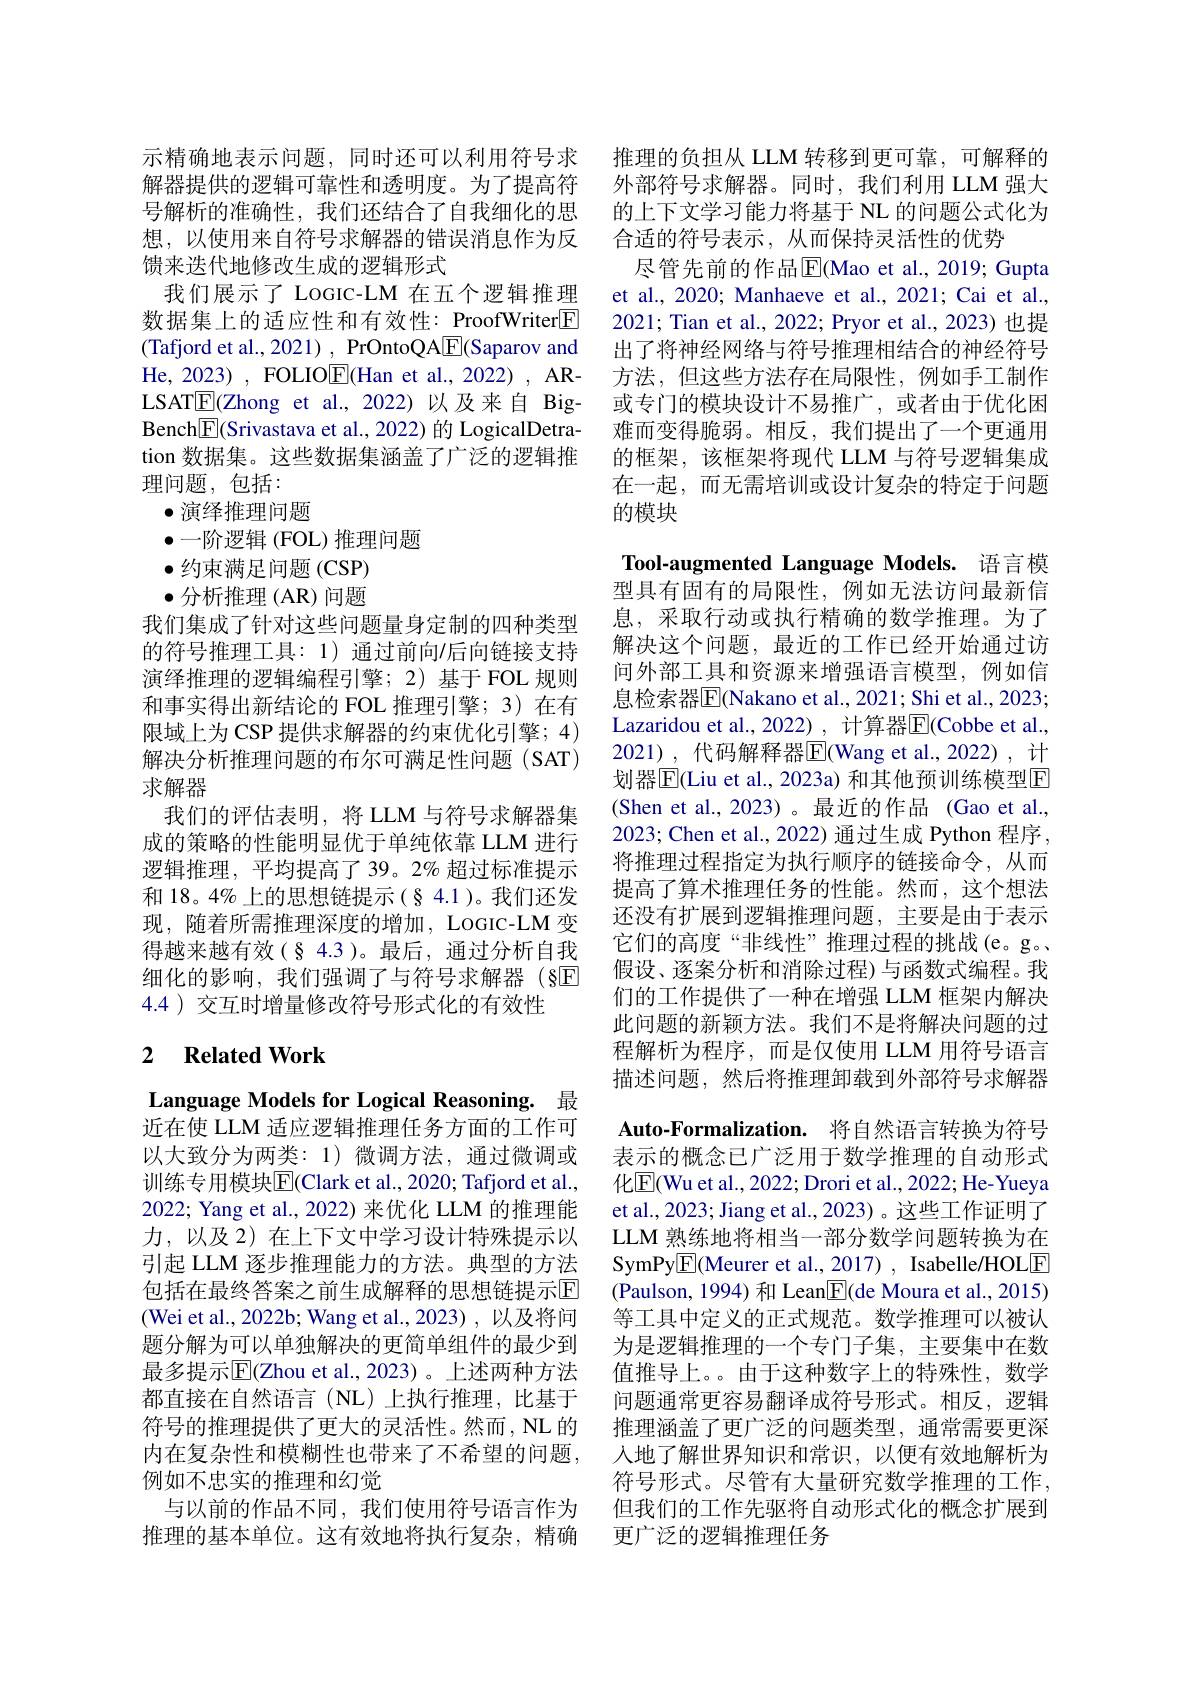
想，以使用来自符号求解器的错误消息作为反
馈来迭代地修改生成的逻辑形式
我们展示了 LOGIC-LM 在五个逻辑推理数据集上的适应性和有效性：ProofWriter$\boxed{\mathrm{E}}$ (Tafjord et al., 2021) , PrOntoQA[E](Saparov and He, 2023) , FOLIOE(Han et al., 2022) , ARLSAT$\overline{\mathbb{E}}($Zhong et al., 2022)以及来自 BigBench$\boxed{\mathbb{F}}($Srivastava et al., 2022) 的 LogicalDetration 数据集。这些数据集涵盖了广泛的逻辑推理问题，包括：
$\bullet$演绎推理问题
$\bullet$一阶逻辑 (FOL)推理问题
$\bullet$约束满足问题(CSP) $\bullet$分析推理 (AR)问题
我们集成了针对这些问题量身定制的四种类型的符号推理工具：1)通过前向/后向链接支持演绎推理的逻辑编程引擎；2)基于 FOL 规则和事实得出新结论的 FOL 推理引擎；3) 在有限域上为 CSP 提供求解器的约束优化引擎；4) 解决分析推理问题的布尔可满足性问题(SAT) 求解器
我们的评估表明，将 LLM 与符号求解器集成的策略的性能明显优于单纯依靠 LLM 进行逻辑推理，平均提高了39。2% 超过标准提示和 18。4% 上的思想链提示(§ 4.1)。我们还发现，随着所需推理深度的增加，LoGIC-LM变得越来越有效(§ 4.3)。最后，通过分析自我细化的影响，我们强调了与符号求解器(§E 4.4 )交互时增量修改符号形式化的有效性

## 2 $\textbf{Related Work}$

Language Models for Logical Reasoning. 最近在使 LLM 适应逻辑推理任务方面的工作可以大致分为两类：1)微调方法，通过微调或训练专用模块$\overline{\mathrm{E}}($Clark et al.,2020; Tafjord et al., 2022; Yang et al., 2022) 来优化 LLM 的推理能力，以及 2) 在上下文中学习设计特殊提示以引起 LLM 逐步推理能力的方法。典型的方法包括在最终答案之前生成解释的思想链提示回(Wei et al., 2022b; Wang et al., 2023) , 以及将问题分解为可以单独解决的更简单组件的最少到最多提示|E(Zhou et al., 2023)。上述两种方法都直接在自然语言(NL)上执行推理，比基于符号的推理提供了更大的灵活性。然而，NL 的内在复杂性和模糊性也带来了不希望的问题， 例如不忠实的推理和幻觉
与以前的作品不同，我们使用符号语言作为推理的基本单位。这有效地将执行复杂，精确

示精确地表示问题，同时还可以利用符号求 推理的负担从 LLM 转移到更可靠，可解释的解器提供的逻辑可靠性和透明度。为了提高符 外部符号求解器。同时，我们利用 LLM 强大号解析的准确性，我们还结合了自我细化的思 的上下文学习能力将基于 NL 的问题公式化为
合适的符号表示，从而保持灵活性的优势
尽管先前的作品$\overline{\mathrm{E}}$(Mao et al.,2019; Gupta et al., 2020; Manhaeve et al., 2021; Cai et al., 2021; Tian et al., 2022; Pryor et al., 2023) 也提出了将神经网络与符号推理相结合的神经符号方法，但这些方法存在局限性，例如手工制作或专门的模块设计不易推广，或者由于优化困难而变得脆弱。相反，我们提出了一个更通用的框架，该框架将现代 LLM 与符号逻辑集成在一起，而无需培训或设计复杂的特定于问题的模块

Tool-augmented Language Models. 语言模型具有固有的局限性，例如无法访问最新信息，采取行动或执行精确的数学推理。为了解决这个问题，最近的工作已经开始通过访问外部工具和资源来增强语言模型，例如信息检索器$\overline{\mathrm{E}}$(Nakano et al., 2021; Shi et al., 2023; Lazaridou et al., 2022) , 计算器$\overline{\mathrm{E}}($Cobbe et al., 2021),代码解释器$\overline{\mathrm{E}}($Wang et al.,2022),计划器$\overline{\mathrm{E}}($Liu et al., 2023a) 和其他预训练模型E (Shen et al., 2023)。最近的作品 (Gao et al., 2023; Chen et al., 2022) 通过生成 Python 程序， 将推理过程指定为执行顺序的链接命令，从而提高了算术推理任务的性能。然而，这个想法还没有扩展到逻辑推理问题，主要是由于表示它们的高度“非线性”推理过程的挑战(e。g。假设、逐案分析和消除过程)与函数式编程。我们的工作提供了一种在增强 LLM 框架内解决此问题的新颖方法。我们不是将解决问题的过程解析为程序，而是仅使用 LLM 用符号语言描述问题，然后将推理卸载到外部符号求解器Auto-Formalization. 将自然语言转换为符号表示的概念已广泛用于数学推理的自动形式化$\boxed{\mathrm{E}}($Wu et al., 2022; Drori et al., 2022; He- Yueya et al., 2023; Jiang et al., 2023) 。这些工作证明了LLM 熟练地将相当一部分数学问题转换为在SymPy$\boxed{\mathrm{F}}($Meurer et al., 2017) , Isabelle/HOLE (Paulson, 1994) 和 Lean$\overline{\mathbb{E}}($de Moura et al., 2015) 等工具中定义的正式规范。数学推理可以被认为是逻辑推理的一个专门子集，主要集中在数值推导上。由于这种数字上的特殊性，数学问题通常更容易翻译成符号形式。相反，逻辑推理涵盖了更广泛的问题类型，通常需要更深人地了解世界知识和常识，以便有效地解析为符号形式。尽管有大量研究数学推理的工作， 但我们的工作先驱将自动形式化的概念扩展到更广泛的逻辑推理任务